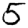
Digit: 5